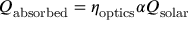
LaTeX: Q _ { \mathrm { a b s o r b e d } } = \eta _ { \mathrm { o p t i c s } } \alpha Q _ { \mathrm { s o l a r } }